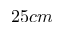
2 5 c m